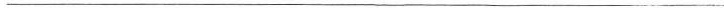
___